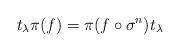
LaTeX: \begin{align*}t_\lambda \pi(f) = \pi(f \circ \sigma^n) t_\lambda\end{align*}